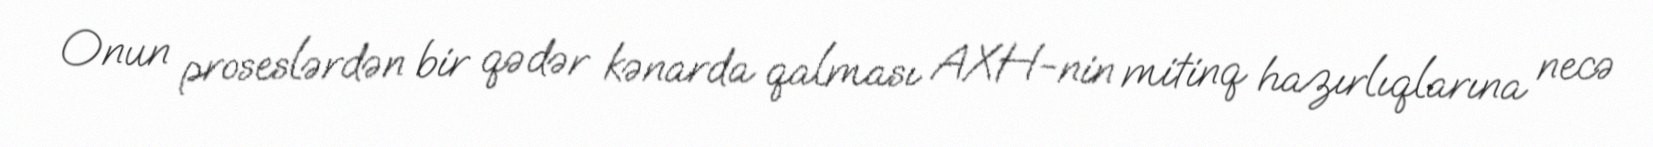
Onun proseslərdən bir qədər kənarda qalması AXH-nin mitinq hazırlıqlarına necə